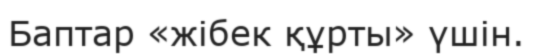
Баптар «жібек құрты» үшін.